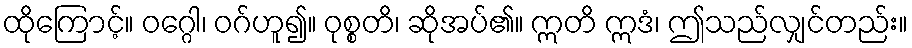
ထိုကြောင့်။ ဝဂ္ဂေါ၊ ဝဂ်ဟူ၍။ ဝုစ္စတိ၊ ဆိုအပ်၏။ ဣတိ ဣဒံ၊ ဤသည်လျှင်တည်း။